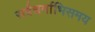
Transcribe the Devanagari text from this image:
सर्वधर्माभिसमय